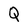
Character: Q